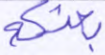
بعثكم